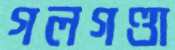
গলগণ্ডা